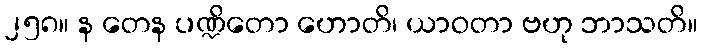
၂၅၈။ န တေန ပဏ္ဍိတော ဟောတိ၊ ယာဝတာ ဗဟု ဘာသတိ။